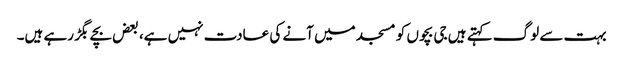
بہت سے لوگ کہتے ہیں جی بچوں کو مسجد میں آنے کی عادت نہیں ہے، بعض بچے بگڑ رہے ہیں۔